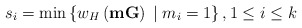
\begin{align*}s_i = \min \left\lbrace w_{H}\left( \mathbf{m}\mathbf{G}\right) \;\vert\; m_i = 1 \right\rbrace, 1\leq i\leq k\end{align*}